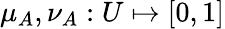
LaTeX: \mu_{A},\nu_{A}:U\mapsto[0,1]